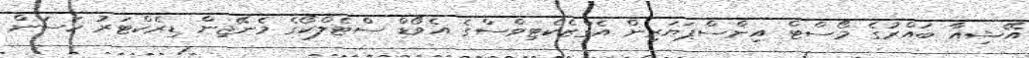
އޭޝިއާ ބައްރުގެ މޯސްޓް އިންސްޕަޔަރިން އެގްޒެކެޓިވްސްގެ އެވޯޑް ސްޓެލްކޯގެ މެނޭޖިން ޑިރެކްޓަރު ހަސަން